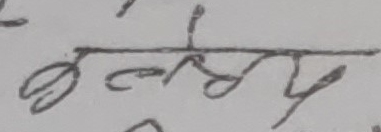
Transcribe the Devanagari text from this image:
छल्ये